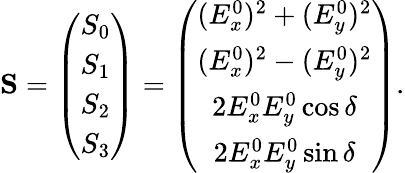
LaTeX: \begin{array}{r}{{\mathbf S}=\left(\begin{array}{c}{S_{0}}\\ {S_{1}}\\ {S_{2}}\\ {S_{3}}\end{array}\right)=\left(\begin{array}{c}{(E_{x}^{0})^{2}+(E_{y}^{0})^{2}}\\ {(E_{x}^{0})^{2}-(E_{y}^{0})^{2}}\\ {2E_{x}^{0}E_{y}^{0}\cos\delta}\\ {2E_{x}^{0}E_{y}^{0}\sin\delta}\end{array}\right).}\end{array}